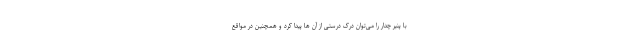
با پنیر چدار را می‌توان درک درستی از آن ها پیدا کرد و همچنین در مواقع